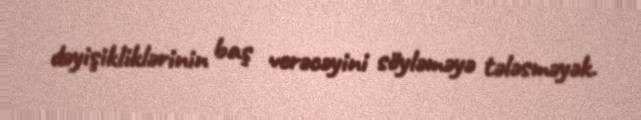
dəyişikliklərinin baş verəcəyini söyləməyə tələsməyək.